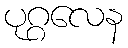
ပုဂ္ဂလေန